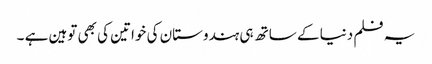
یہ فلم دنیا کے ساتھ ہی ہندوستان کی خواتین کی بھی توہین ہے ۔